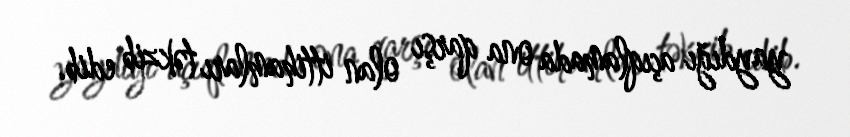
yaydığı açıqlamada ona qarşı olan ittihamları təkzib edib.